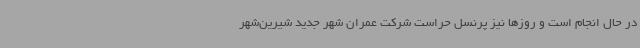
در حال انجام است و روزها نیز پرنسل حراست شرکت عمران شهر جدید شیرین‌شهر